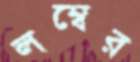
লম্বের